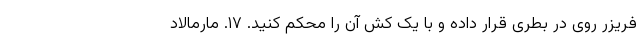
فریزر روی در بطری قرار داده و با یک کش آن را محکم کنید. ۱۷. مارمالاد